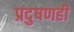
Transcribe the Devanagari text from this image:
प्रदुषणही